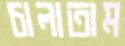
চালাতাম